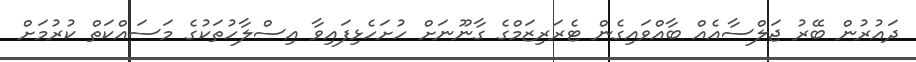
ދައުރުން ބޭރު ޖަލްސާއެއް ބާއްވައިގެން ޓެރަރިޒަމްގެ ގާނޫނަށް ހުށަހެޅިފައިވާ އިސްލާހުތަކުގެ މަސައްކަތް ކުރުމަށް